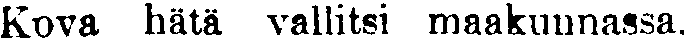
Kova hätä vallitsi maakunnassa,